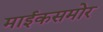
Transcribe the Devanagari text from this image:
माईकसमोर